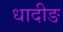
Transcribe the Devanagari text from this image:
धादीङ